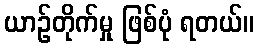
ယာဉ်တိုက်မှု ဖြစ်ပုံ ရတယ်။